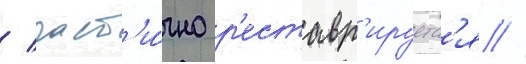
/ част'и́чно р'еставр'ируетс'я //